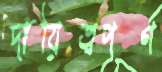
দায়িত্বপূর্ণ